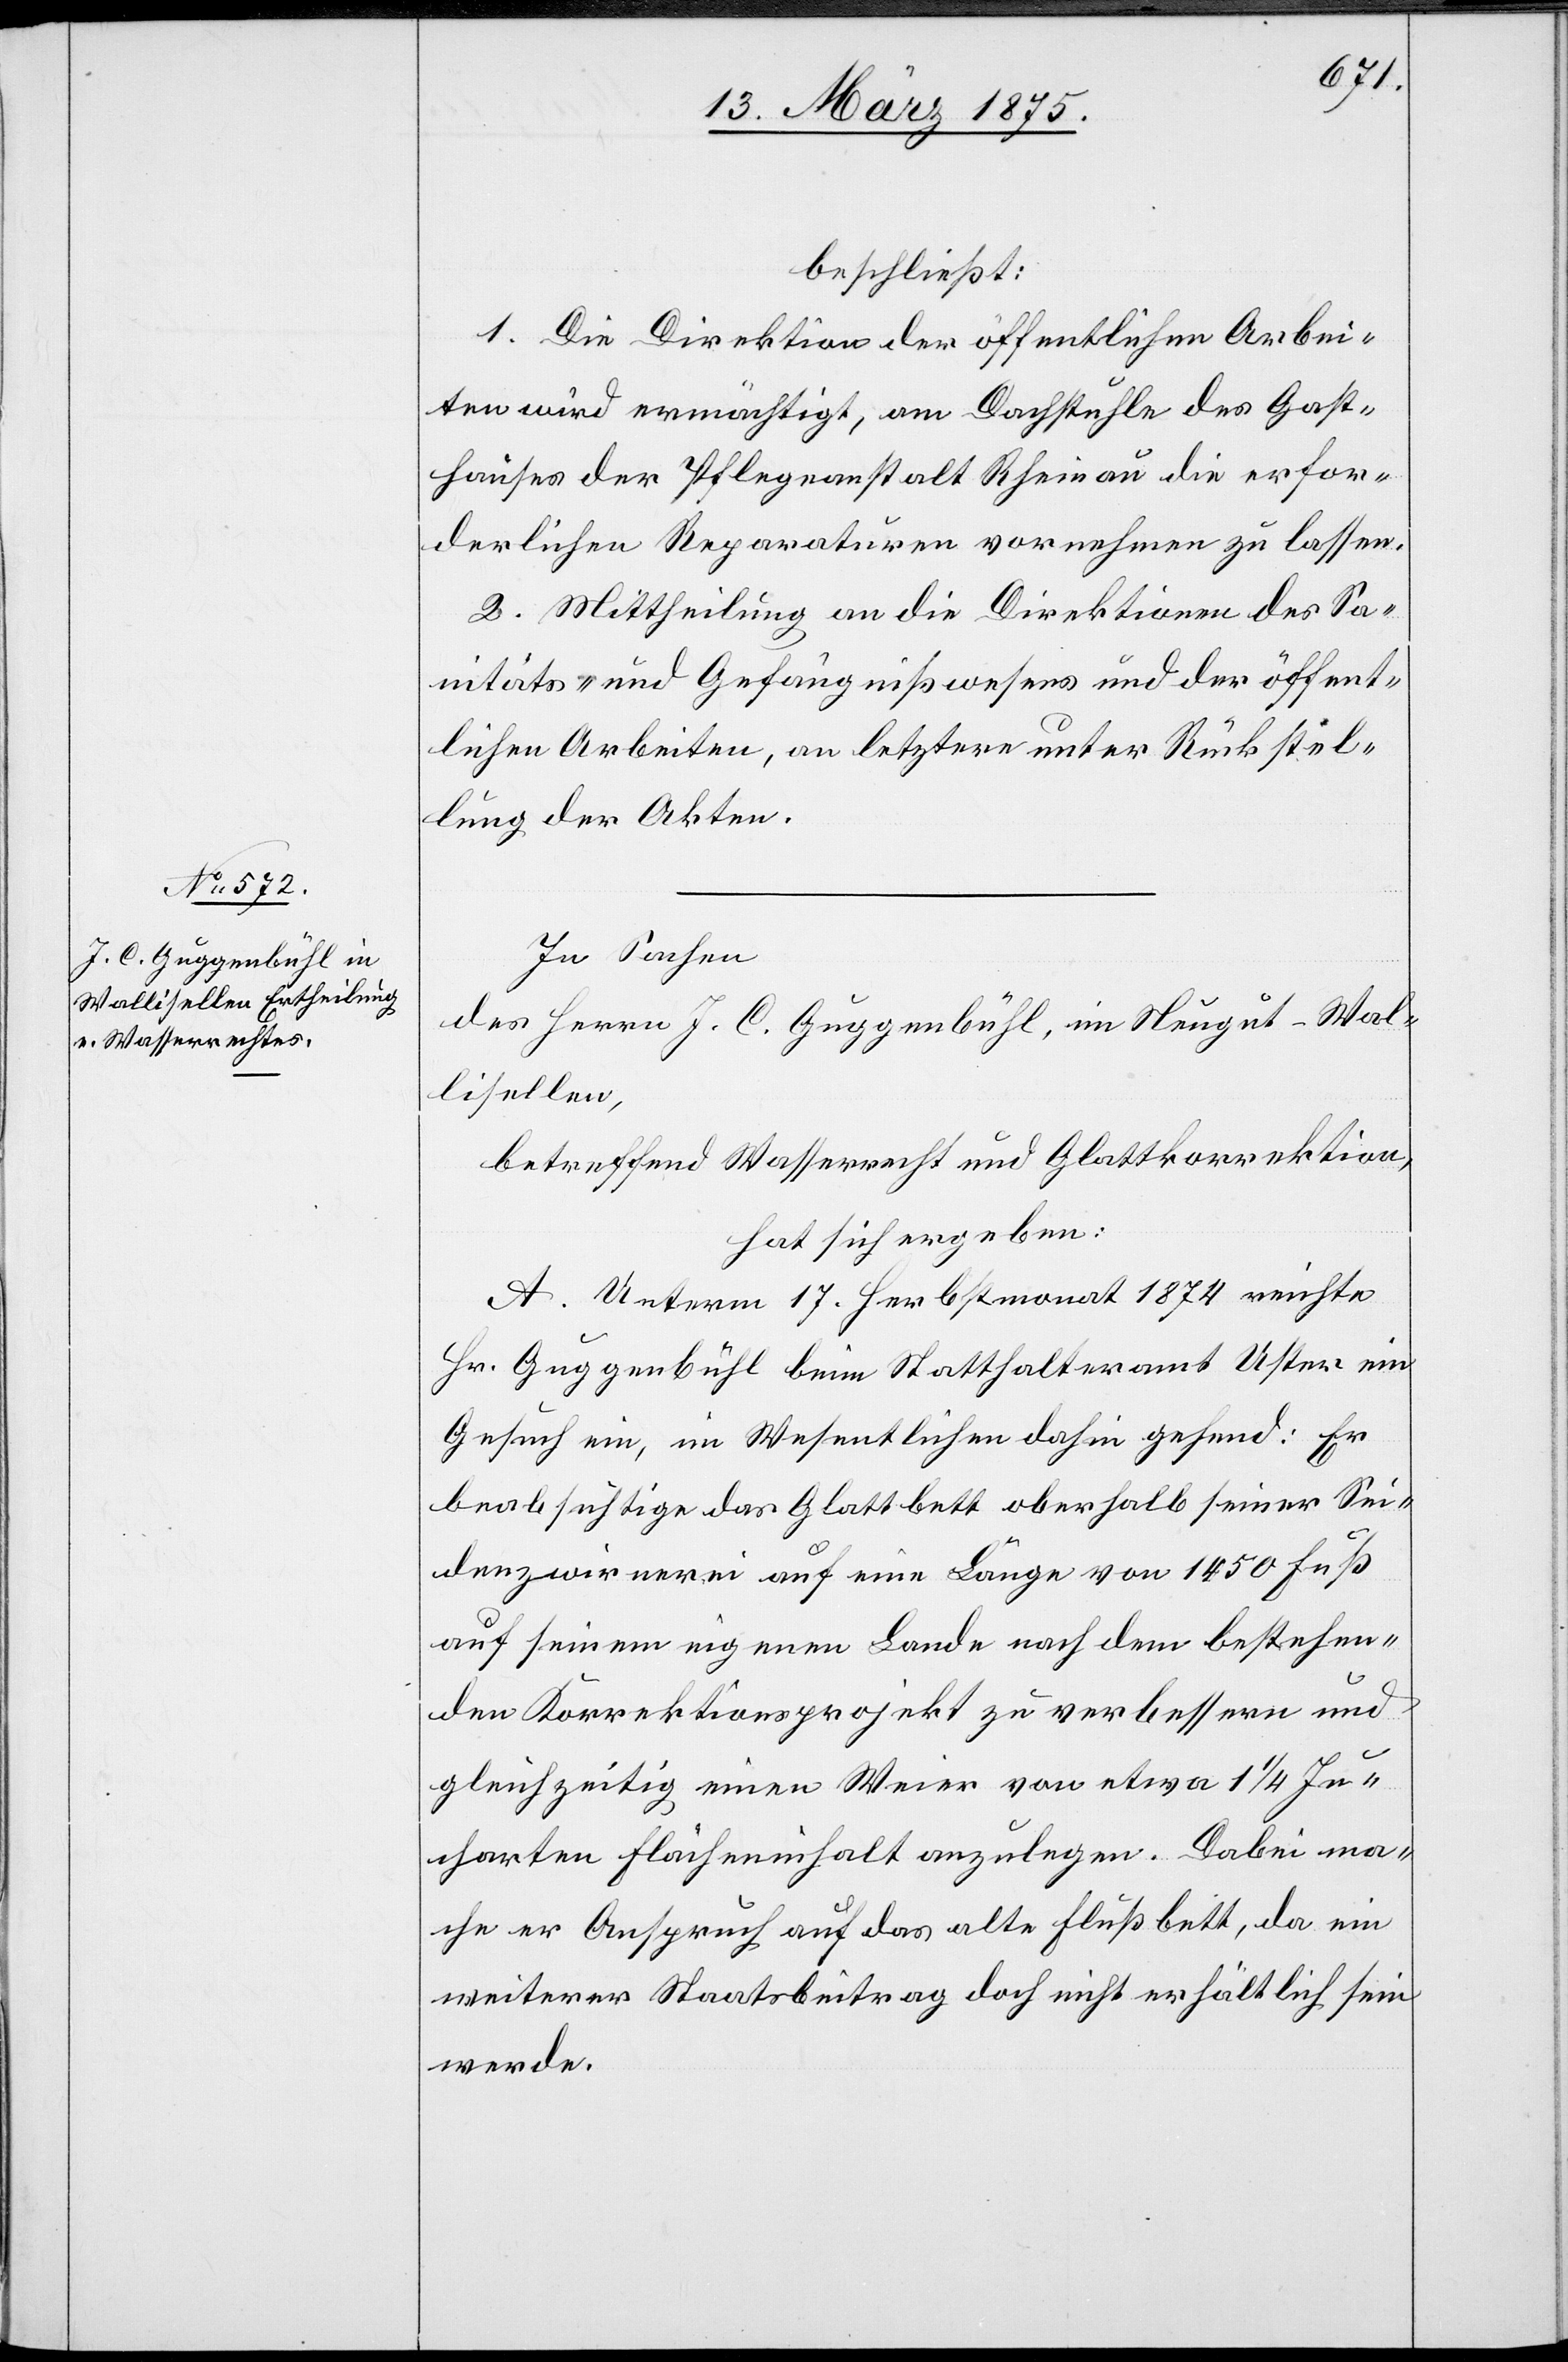
beschließt:
1. Die Direktion der öffentlichen Arbei¬
ten wird ermächtigt, am Dachstuhle des Gast¬
hauses der Pflegeanstalt Rheinau die erfor¬
derlichen Reparaturen vornehmen zu lassen.
2. Mittheilung an die Direktion des Sa¬
nitäts- und Gefängnißwesens und der öffent¬
lichen Arbeiten, an letztere unter Rückstel¬
lung der Akten.